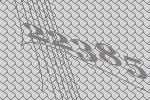
22385